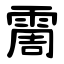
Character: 霌